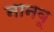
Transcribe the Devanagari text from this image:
नानबू